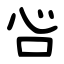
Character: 吢